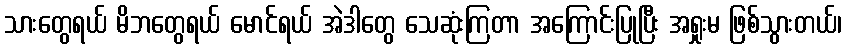
သားတွေရယ် မိဘတွေရယ် မောင်ရယ် အဲဒါတွေ သေဆုံးကြတာ အကြောင်းပြုပြီး အရှုးမ ဖြစ်သွားတယ်၊